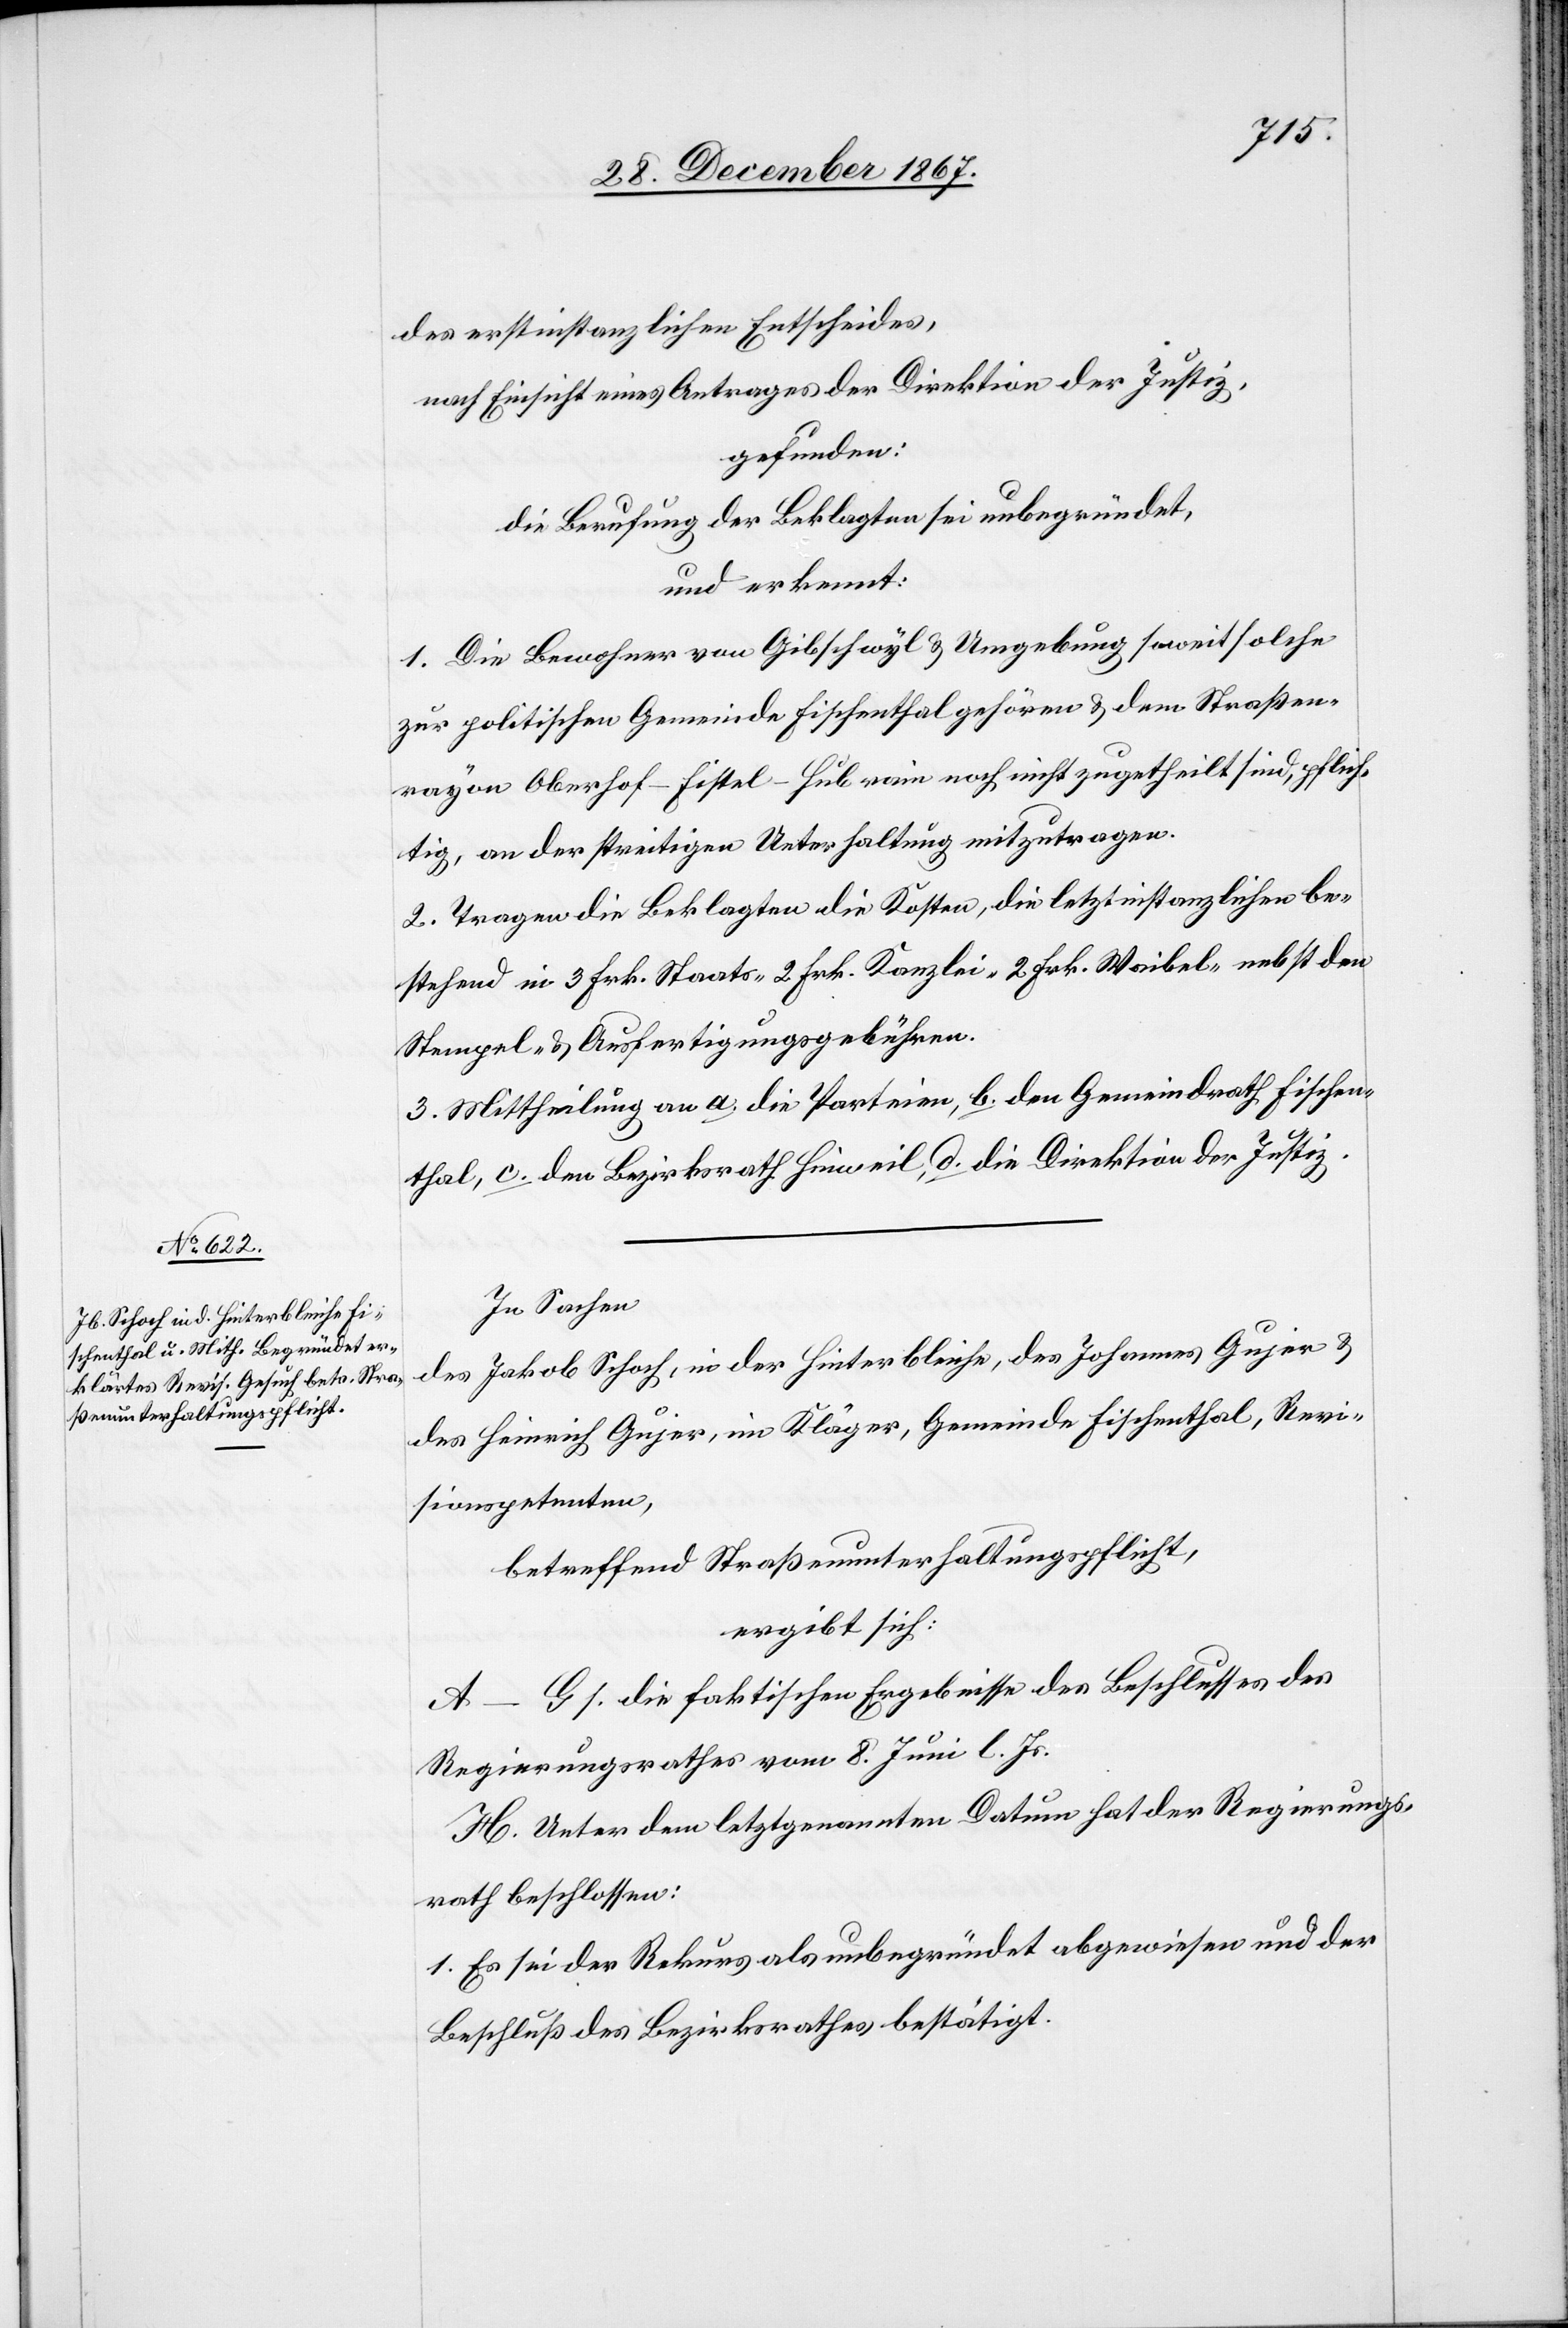
pflich¬
des erstinstanzlichen Entscheides,
nach Einsicht eines Antrages der Direktion der Justiz,
gefunden:
die Berufung der Beklagten sei unbegründet,
und erkennt:
1. Die Bewohner von Gibschwyl u. Umgebung soweit solche
zur politischen Gemeinde Fischenthal gehören u. dem Straßen¬
rayon Oberhof–Fistel–Hubrain noch nicht zugetheilt sind, [sind]
tig, an der streitigen Unterhaltung mitzutragen.
2. Tragen die Beklagten die Kosten, die letztinstanzlichen be¬
stehend in 3 Frk. Staats-[,] 2. Frk. Kanzlei-[,] 2 Frk. Waibel- nebst den
Stempel- u. Ausfertigungsgebühren.
3. Mittheilung an a. die Petentin, b. den Gemeindrath Fischen¬
thal, c. den Bezirksrath Hinweil, d. die Direktion der Justiz.
In Sachen
des Jakob Schoch, in der Hinterbleiche, des Johannes Gujer u.
des Heinrich Gujer, im Kläger, Gemeinde Fischenthal, Revi¬
sionspetenten,
betreffend Straßenunterhaltungspflicht,
ergibt sich:
A–G s. die faktischen Ergebnisse des Beschlusses des
Regierungsrathes vom 8. Juni l. Js.
H. Unter dem letztgenannten Datum hat der Regierungs¬
rath beschlossen:
1. Es sei der Rekurs als unbegründet abgewiesen und der
Beschluß des Bezirksrathes bestätigt.